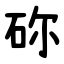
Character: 䂧